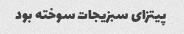
پیتزای سبزیجات سوخته بود